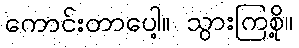
ကောင်းတာပေါ့။ သွားကြစို့။